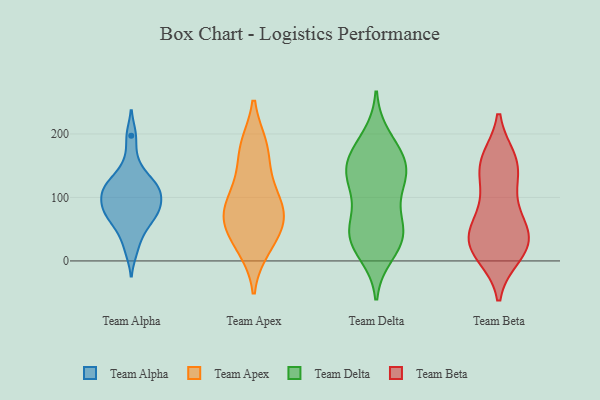
{"axis": {"x": "Latency (ms)", "y": "Value"}, "legend": ["Team Alpha", "Team Apex", "Team Beta", "Team Delta"], "data": [{"x": "", "y": 96, "type": "Team Alpha"}, {"x": "", "y": 82, "type": "Team Alpha"}, {"x": "", "y": 16, "type": "Team Alpha"}, {"x": "", "y": 154, "type": "Team Alpha"}, {"x": "", "y": 82, "type": "Team Alpha"}, {"x": "", "y": 75, "type": "Team Alpha"}, {"x": "", "y": 122, "type": "Team Alpha"}, {"x": "", "y": 111, "type": "Team Alpha"}, {"x": "", "y": 113, "type": "Team Alpha"}, {"x": "", "y": 128, "type": "Team Alpha"}, {"x": "", "y": 197, "type": "Team Alpha"}, {"x": "", "y": 110, "type": "Team Alpha"}, {"x": "", "y": 46, "type": "Team Alpha"}, {"x": "", "y": 55, "type": "Team Alpha"}, {"x": "", "y": 77, "type": "Team Alpha"}, {"x": "", "y": 133, "type": "Team Apex"}, {"x": "", "y": 61, "type": "Team Apex"}, {"x": "", "y": 69, "type": "Team Apex"}, {"x": "", "y": 180, "type": "Team Apex"}, {"x": "", "y": 74, "type": "Team Apex"}, {"x": "", "y": 81, "type": "Team Apex"}, {"x": "", "y": 32, "type": "Team Apex"}, {"x": "", "y": 20, "type": "Team Apex"}, {"x": "", "y": 181, "type": "Team Apex"}, {"x": "", "y": 106, "type": "Team Apex"}, {"x": "", "y": 109, "type": "Team Delta"}, {"x": "", "y": 35, "type": "Team Delta"}, {"x": "", "y": 194, "type": "Team Delta"}, {"x": "", "y": 28, "type": "Team Delta"}, {"x": "", "y": 153, "type": "Team Delta"}, {"x": "", "y": 131, "type": "Team Delta"}, {"x": "", "y": 144, "type": "Team Delta"}, {"x": "", "y": 54, "type": "Team Delta"}, {"x": "", "y": 173, "type": "Team Delta"}, {"x": "", "y": 43, "type": "Team Delta"}, {"x": "", "y": 136, "type": "Team Delta"}, {"x": "", "y": 167, "type": "Team Delta"}, {"x": "", "y": 126, "type": "Team Delta"}, {"x": "", "y": 12, "type": "Team Delta"}, {"x": "", "y": 41, "type": "Team Delta"}, {"x": "", "y": 65, "type": "Team Delta"}, {"x": "", "y": 150, "type": "Team Beta"}, {"x": "", "y": 46, "type": "Team Beta"}, {"x": "", "y": 150, "type": "Team Beta"}, {"x": "", "y": 28, "type": "Team Beta"}, {"x": "", "y": 21, "type": "Team Beta"}, {"x": "", "y": 155, "type": "Team Beta"}, {"x": "", "y": 115, "type": "Team Beta"}, {"x": "", "y": 159, "type": "Team Beta"}, {"x": "", "y": 83, "type": "Team Beta"}, {"x": "", "y": 35, "type": "Team Beta"}, {"x": "", "y": 14, "type": "Team Beta"}, {"x": "", "y": 10, "type": "Team Beta"}, {"x": "", "y": 38, "type": "Team Beta"}, {"x": "", "y": 63, "type": "Team Beta"}]}